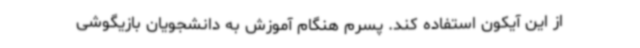
از این آیکون استفاده کند. پسرم هنگام آموزش به دانشجویان بازیگوشی